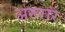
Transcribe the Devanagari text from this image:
अरुरार